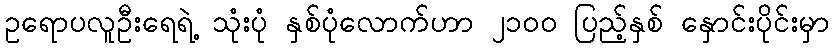
ဥရောပလူဦးရေရဲ့ သုံးပုံ နှစ်ပုံလောက်ဟာ ၂၁၀ဝ ပြည့်နှစ် နှောင်းပိုင်းမှာ